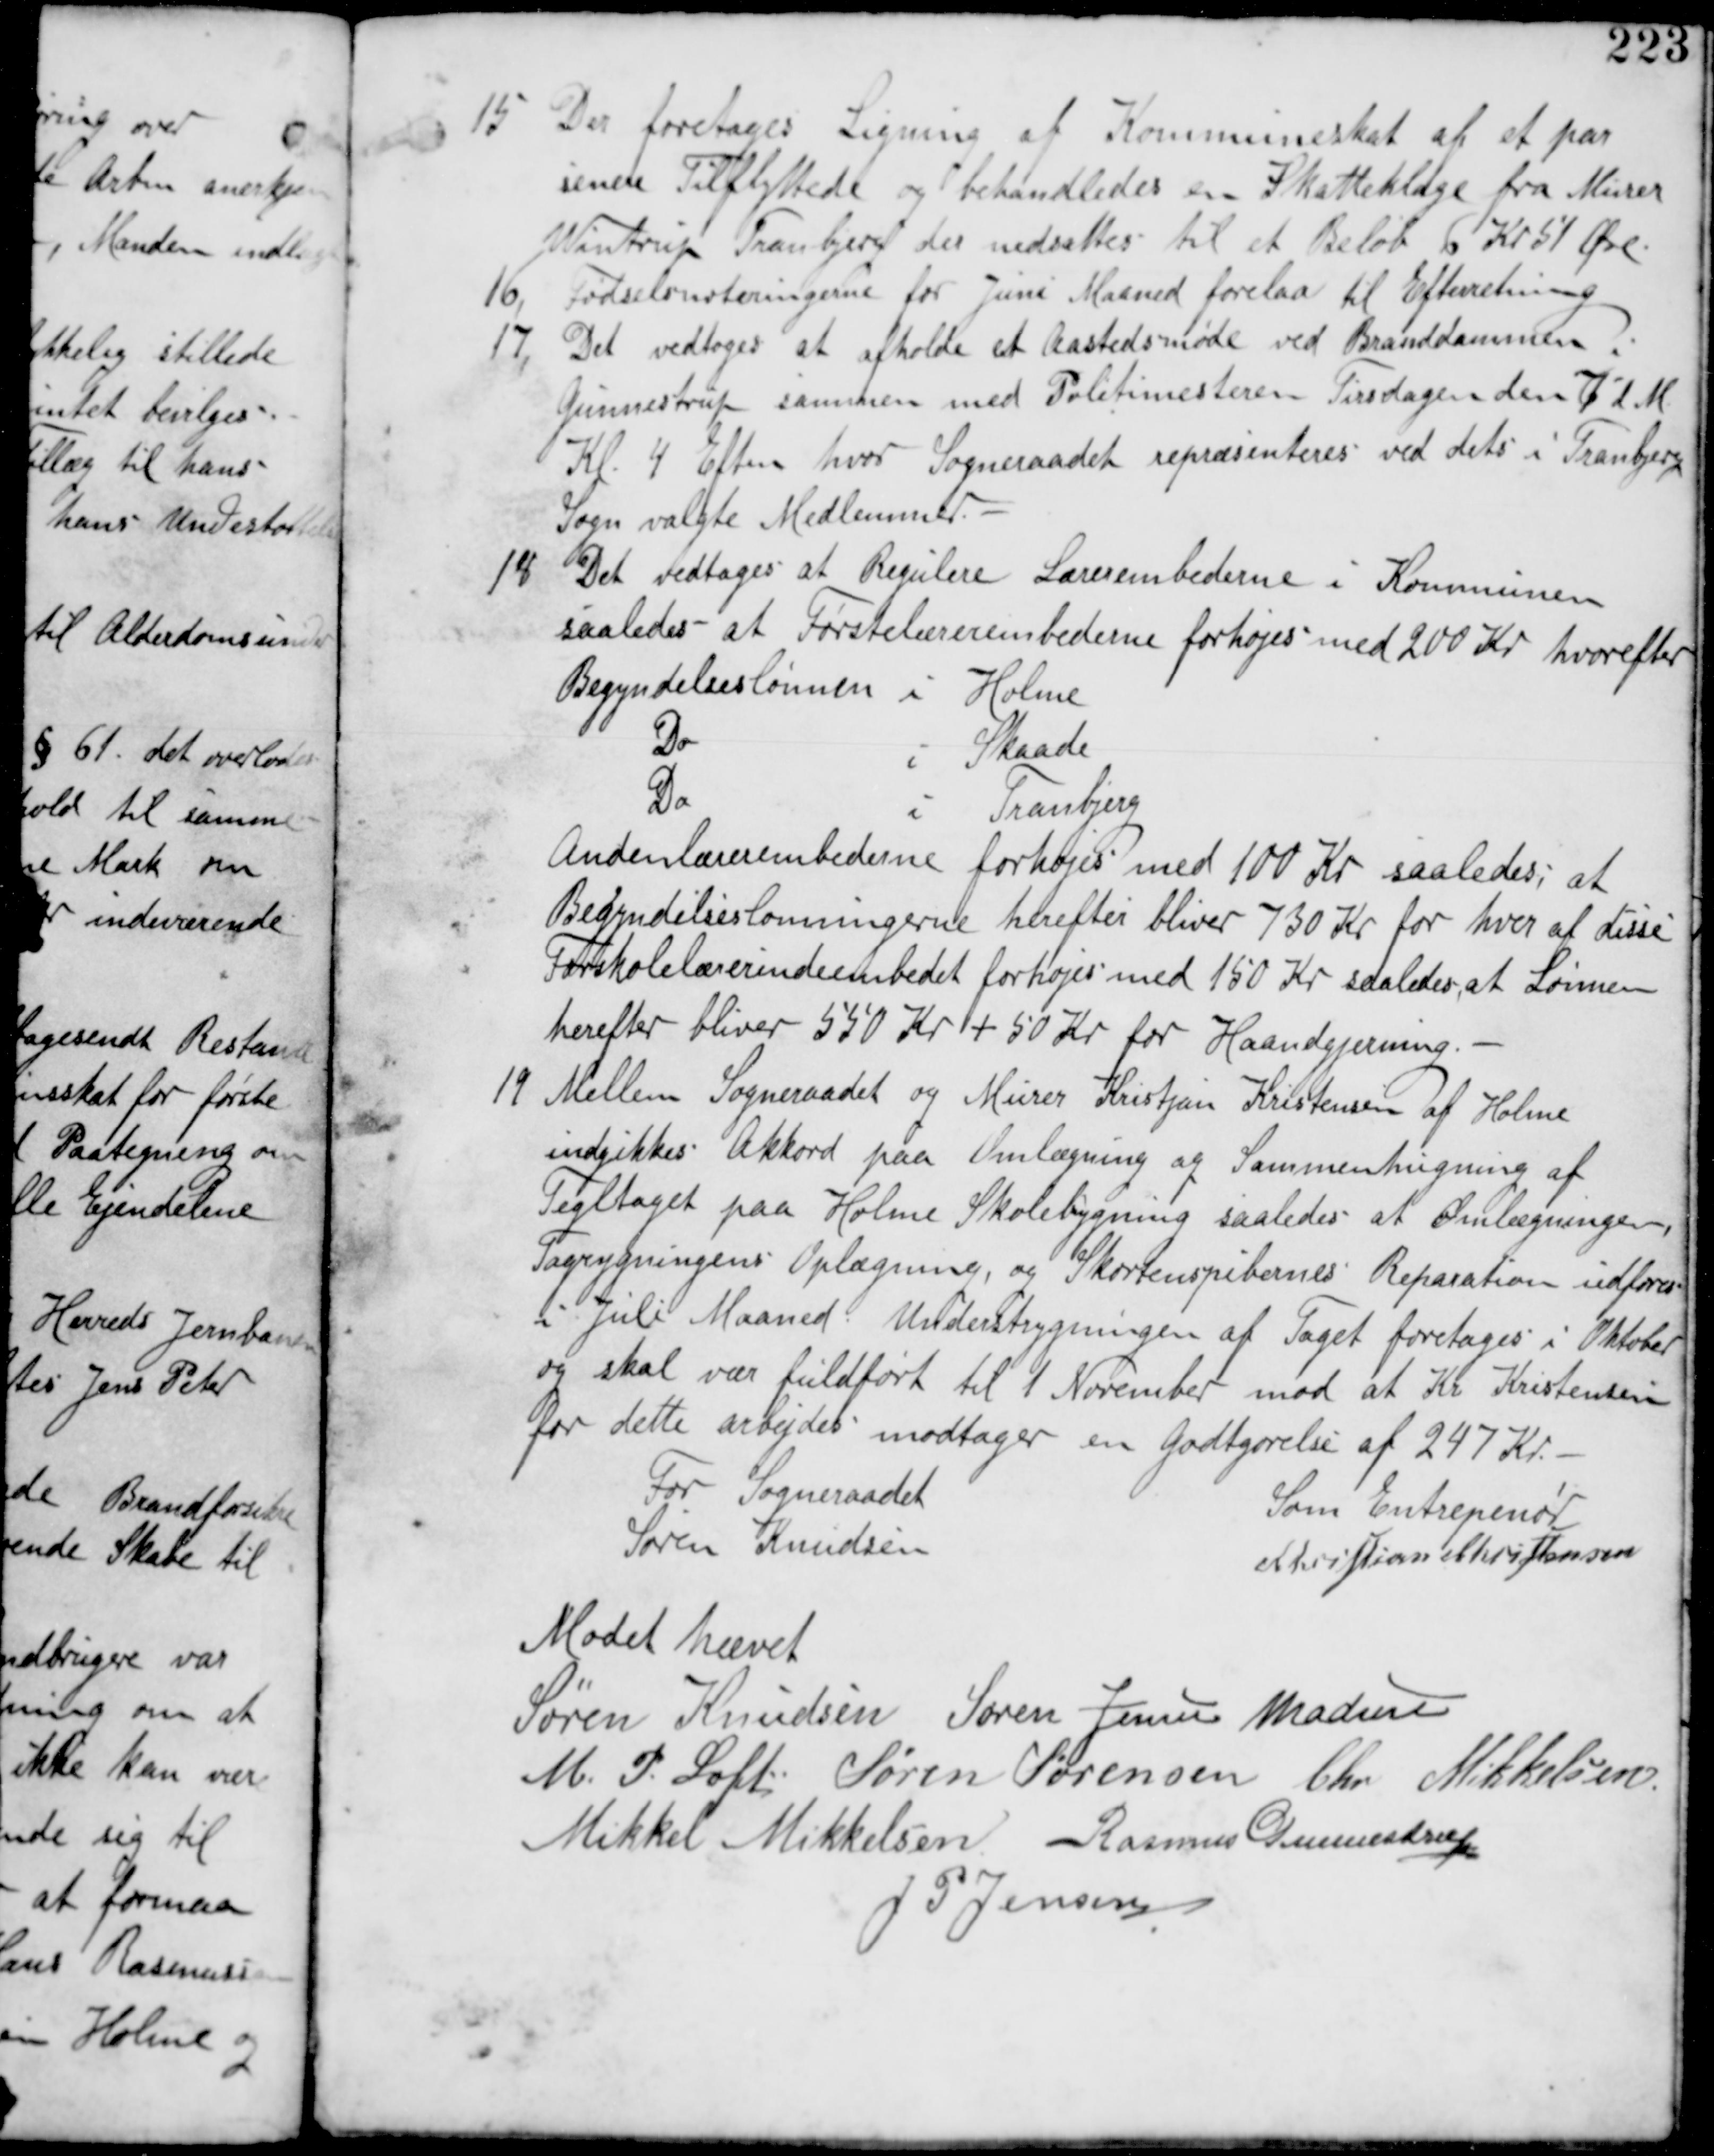
Transskription:
15 Der foretages Ligning af Kommuneskat af et par
senere Tilflyttede og behandledes en Skatteklage fra Murer
Winstrup Tranbjerg der nedsattes til et Beløb 6 Kr 51 Øre.

16, Fødselsnoteringerne for Juni Maaned forelaa til Efterretning.
17, Det vedtages at afholde et Aastedsmøde ved Branddammen i
Gunnestrup sammen med Politimesteren Tirsdagen den 7 d M
Kl 4 Efterm hvor Sogneraadet repræsenteres ved dets i Tranbjerg
Sogn valgte Medlemmer.

18 Det vedtages at Regulere Lærerembederne i Kommunen
saaledes at Førstelærerembederne forhøjes med 200 Kr hvorefter
Begyndelseslønnen i Holme
Do i Skaade
Do i Tranbjerg
Andenlærerembederne forhøjes med 100 Kr saaledes at
Begyndelseslønningerne herefter bliver 730 Kr for hver af disse
Forskolelærerindeembedet forhøjes med 150 Kr saaledes, at Lønnen
herefter bliver 550 Kr + 50 Kr for Haandgjerning.-

19 Mellem Sogneraadet og Murer Kristjan Kristensen af Holme
indgikkes Akkord paa Omlægning og Sammenhugning af
Tegltaget paa Holme Skolebygning saaledes at Omlægningen,
Tagrygningens Oplægning, og Skorstenspibernes Reparation udføres
i Juli Maaned Understrygning af Taget foretages i Oktober
og skal være fuldført til 1 November mod at Kr Kristensen
for dette arbejde modtager en Godtgørelse af 247 Kr.
For Sogneraadet
Søren Knudsen
Som Entreprenør
Christian Christensen

Mødet hævet
Søren Knudsen Søren Jensen Madsen
M P Loft Søren Sørensen Chr Mikkelsen
Mikkel Mikkelsen Rasmus Gunnestrup
J P Jensen